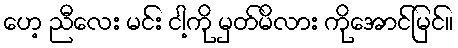
ဟေ့ ညီလေး မင်း ငါ့ကို မှတ်မိလား ကိုအောင်မြင်။